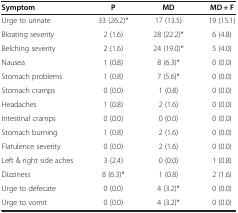
| Symptom | P | MD | MD + F |
 | --- | --- | --- | --- |
 | Urge to urinate | 33 (26.2)* | 17 (13.5) | 19 (15.1) |
 | Bloating severity | 2 (1.6) | 28 (22.2)* | 6 (4.8) |
 | Belching severity | 2 (1.6) | 24 (19.0)* | 5 (4.0) |
 | Nausea | 1 (0.8) | 8 (6.3)* | 0 (0.0) |
 | Stomach problems | 1 (0.8) | 7 (5.6)* | 0 (0.0) |
 | Stomach cramps | 0 (0.0) | 1 (0.8) | 0 (0.0) |
 | Headaches | 1 (0.8) | 2 (1.6) | 0 (0.0) |
 | Intestinal cramps | 0 (0.0) | 0 (0.0) | 0 (0.0) |
 | Stomach burning | 1 (0.8) | 2 (1.6) | 0 (0.0) |
 | Flatulence severity | 0 (0.0) | 2 (1.6) | 0 (0.0) |
 | Left & right side aches | 3 (2.4) | 0 (0.0) | 1 (0.8) |
 | Dizziness | 8 (6.3)* | 1 (0.8) | 2 (1.6) |
 | Urge to defecate | 0 (0.0) | 4 (3.2)* | 0 (0.0) |
 | Urge to vomit | 0 (0.0) | 4 (3.2)* | 0 (0.0) |